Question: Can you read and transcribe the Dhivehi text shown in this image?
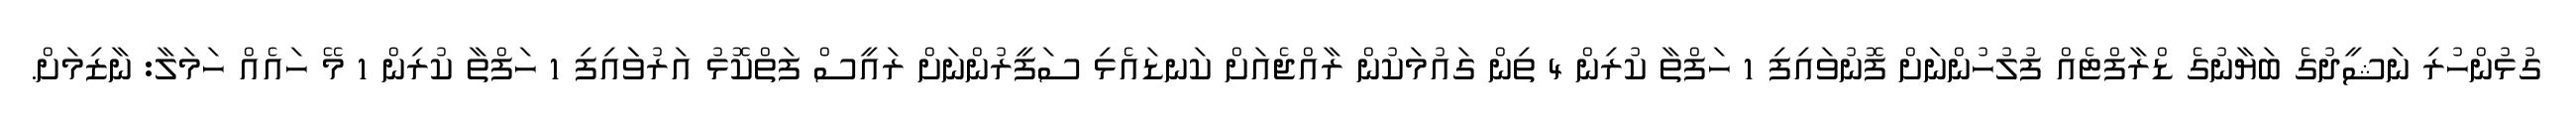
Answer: ގުޅުންހުރި ނަޝީދުގެ ބަޔާނުގެ ޑްރާފްޓެއް ފުލުހުންނަށް ފޮނުވައިފި 1 ހަފްތާ ކުރިން 4 ތިން ގައުމަކުން ރާއްޖެއަށް ކަނޑައެޅި ސަފީރުންނަށް ރައީސް ފަތްކޮޅު އަރުވަައިފި 1 ހަފްތާ ކުރިން 1 މޭ ހައެއް ހަމަލާ: ނާޒިމަށް.